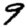
Digit: 9